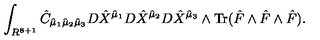
\int _ { R ^ { 8 + 1 } } { \hat { C } } _ { { \hat { \mu } } _ { 1 } { \hat { \mu } } _ { 2 } { \hat { \mu } } _ { 3 } } D { \hat { X } } ^ { { \hat { \mu } } _ { 1 } } D { \hat { X } } ^ { { \hat { \mu } } _ { 2 } } D { \hat { X } } ^ { { \hat { \mu } } _ { 3 } } \wedge \mathrm { T r } ( { \hat { F } } \wedge { \hat { F } } \wedge { \hat { F } } ) .